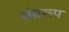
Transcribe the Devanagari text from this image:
संग्ररूप